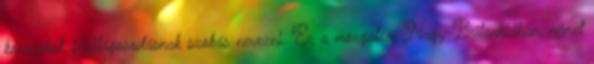
korszakot, felvilágosodásnak szokás nevezni. Ez a mozgalom Nagy-Britanniában, német